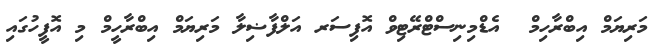
މަރިޔަމް އިބްރާހިމް  އެޑްމިނިސްޓްރޭޓިވް އޮފިސަރ އަލްފާޟިލާ މަރިޔަމް އިބްރާހީމް މި އޮފީހުގައި